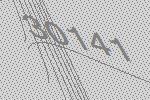
30141